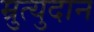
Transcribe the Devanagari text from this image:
म्रुत्युदान